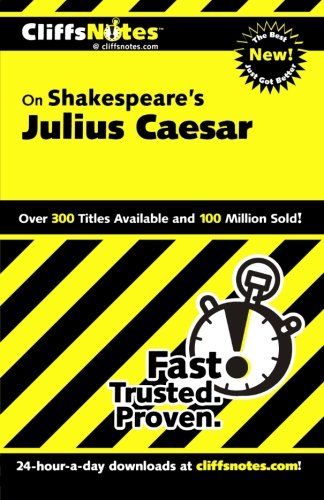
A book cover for CliffsNotes on Shakespeare's Julius Caesar (Cliffsnotes Literature Guides); James E Vickers; Literature & Fiction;